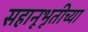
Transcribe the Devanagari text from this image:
सहानूभूतीच्या